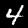
Digit: 4